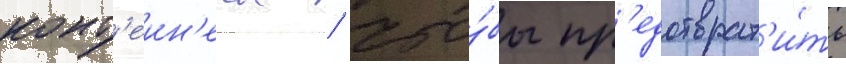
конт'еин'еры / что́бы пр'едотврат'и́ть